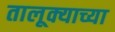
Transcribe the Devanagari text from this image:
तालूक्याच्या